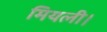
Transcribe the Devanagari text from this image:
मियली।